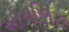
ઓગણિસ